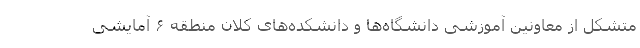
متشکل از معاونین آموزشی دانشگاه‌ها و دانشکده‌های کلان منطقه ۶ آمایشی